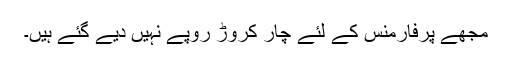
مجھے پرفارمنس کے لئے چار کروڑ روپے نہیں دیے گئے ہیں۔